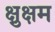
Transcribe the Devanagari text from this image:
क्षुक्षम